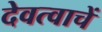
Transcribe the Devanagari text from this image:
देवत्वाचें